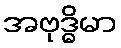
အဗုဒ္ဓိမာ